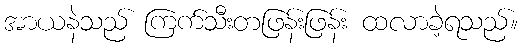
အာယနဲသည် ကြက်သီးတဖြန်းဖြန်း ထလာခဲ့ရသည်။